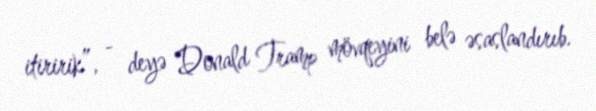
itiririk”, - deyə Donald Tramp mövqeyini belə əsaslandırıb.